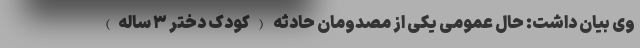
‌وی بیان داشت: حال عمومی یکی از مصدومان حادثه (کودک دختر ۳ ساله)